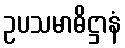
ဥပသမာဓိဋ္ဌာနံ